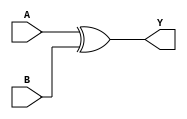
module xor_gate(
    input wire A,
    input wire B,
    output reg Y
);

always @* begin
    Y = A ^ B; // Exclusive OR operation
end

endmodule